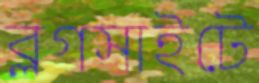
ব্লগসাইটে